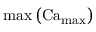
\operatorname* { m a x } \left( \operatorname { C a } _ { \operatorname* { m a x } } \right)